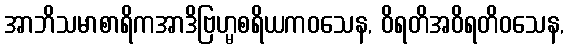
အာဘိသမာစာရိကအာဒိဗြဟ္မစရိယကဝသေန, ဝိရတိအဝိရတိဝသေန,